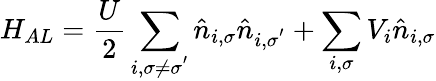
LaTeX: H_{AL}=\frac{U}{2}\sum_{i,\sigma\neq\sigma^{'}}\hat{n}_{i,\sigma}\hat{n}_{i,\sigma^{'}}+\sum_{i,\sigma}V_{i}\hat{n}_{i,\sigma}